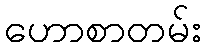
ဟောစာတမ်း